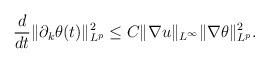
LaTeX: \begin{align*}\frac{d}{dt}\|\partial_k\theta(t)\|_{L^p}^2\leq C\|\nabla u\|_{L^\infty}\|\nabla \theta\|_{L^p}^2.\end{align*}